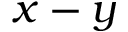
x - y